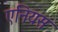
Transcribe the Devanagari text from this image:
एनियस